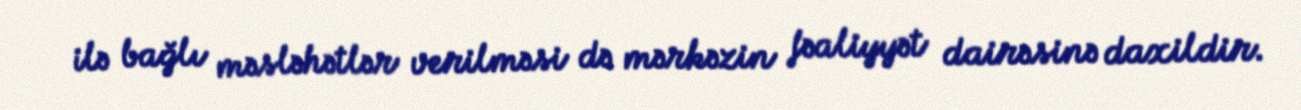
ilə bağlı məsləhətlər verilməsi də mərkəzin fəaliyyət dairəsinə daxildir.